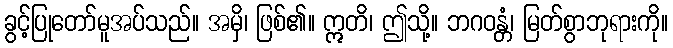
ခွင့်ပြုတော်မူအပ်သည်။ အမှိ၊ ဖြစ်၏။ ဣတိ၊ ဤသို့။ ဘဂဝန္တံ၊ မြတ်စွာဘုရားကို။